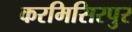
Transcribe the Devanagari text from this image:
करमिसिरपुर